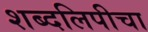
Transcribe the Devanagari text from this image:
शब्दलिपीचा